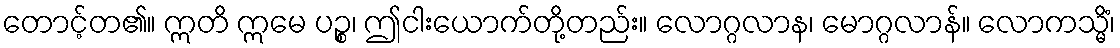
တောင့်တ၏။ ဣတိ ဣမေ ပဉ္စ၊ ဤငါးယောက်တို့တည်း။ လောဂ္ဂလာန၊ မောဂ္ဂလာန်။ လောကသ္မိံ၊